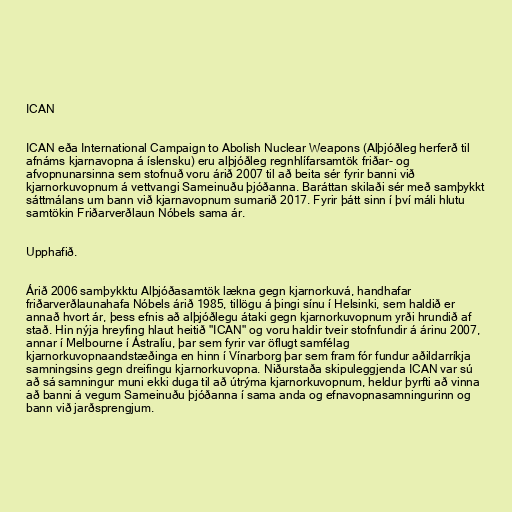
ICAN

ICAN eða International Campaign to Abolish Nuclear Weapons (Alþjóðleg her­ferð til
af­náms kjarna­vopna á íslensku) eru alþjóðleg regnhlífarsamtök friðar- og
afvopnunarsinna sem stofnuð voru árið 2007 til að beita sér fyrir banni við
kjarnorkuvopnum á vettvangi Sameinuðu þjóðanna. Baráttan skilaði sér með samþykkt
sáttmálans um bann við kjarnavopnum sumarið 2017. Fyrir þátt sinn í því máli hlutu
samtökin Friðarverðlaun Nóbels sama ár.

Upphafið.

Árið 2006 samþykktu Alþjóðasamtök lækna gegn kjarnorkuvá, handhafar
friðarverðlaunahafa Nóbels árið 1985, tillögu á þingi sínu í Helsinki, sem haldið er
annað hvort ár, þess efnis að alþjóðlegu átaki gegn kjarnorkuvopnum yrði hrundið af
stað. Hin nýja hreyfing hlaut heitið "ICAN" og voru haldir tveir stofnfundir á árinu 2007,
annar í Melbourne í Ástralíu, þar sem fyrir var öflugt samfélag
kjarnorkuvopnaandstæðinga en hinn í Vínarborg þar sem fram fór fundur aðildarríkja
samningsins gegn dreifingu kjarnorkuvopna. Niðurstaða skipuleggjenda ICAN var sú
að sá samningur muni ekki duga til að útrýma kjarnorkuvopnum, heldur þyrfti að vinna
að banni á vegum Sameinuðu þjóðanna í sama anda og efnavopnasamningurinn og
bann við jarðsprengjum.